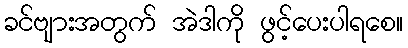
ခင်ဗျားအတွက် အဲဒါကို ဖွင့်ပေးပါရစေ။